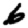
Digit: 6